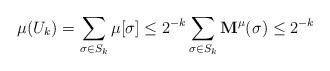
LaTeX: \begin{align*}\mu(U_k) = \sum_{\sigma \in S_k} \mu[\sigma] \leq 2^{-k} \sum_{\sigma \in S_k} \mathbf{M}^\mu(\sigma) \leq 2^{-k}\end{align*}